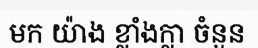
មក យ៉ាង ខ្លាំងក្លា ចំនួន